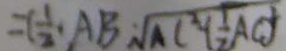
= ( \frac { 1 } { 2 } \cdot A B \sqrt { A C ^ { 2 } ( \frac { 1 } { 2 } ) A C }